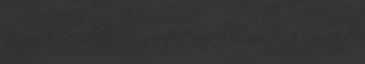
hogy ez ő, akkor is az itteni kommentek miatt